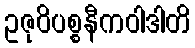
ဥဇုဝိပစ္စနီကဝါဒါတိ